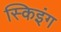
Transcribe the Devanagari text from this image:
स्किइंग